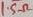
Text: 1.5Ω